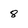
Character: 8